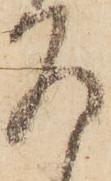
召